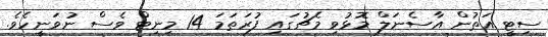
ސިޓީ އަތުން އާސެނަލް މޮޅުވި މެޗުގައި ފުރަތަމަ 14 މިނިޓް ވެސް ނުވަނީހެވެ.